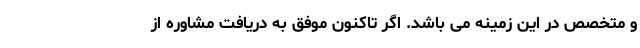
و متخصص در این زمینه می باشد. اگر تاکنون موفق به دریافت مشاوره از